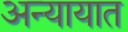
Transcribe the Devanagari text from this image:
अन्यायात